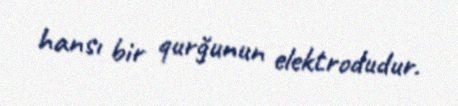
hansı bir qurğunun elektrodudur.